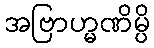
အဗြာဟ္မဏိမ္ပိ